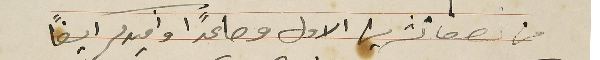
من نصف تشرين الاول وصاعدًا وافيدكم ايضًا